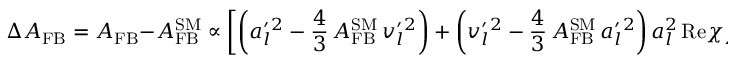
\Delta A _ { \mathrm { F B } } = A _ { \mathrm { F B } } - A _ { \mathrm { F B } } ^ { \mathrm { S M } } \propto \left[ \left( a _ { l } ^ { \prime } { } ^ { 2 } - \frac { 4 } { 3 } \, A _ { \mathrm { F B } } ^ { \mathrm { S M } } \, v _ { l } ^ { \prime } { } ^ { 2 } \right) + \left( v _ { l } ^ { \prime } { } ^ { 2 } - \frac { 4 } { 3 } \, A _ { \mathrm { F B } } ^ { \mathrm { S M } } \, a _ { l } ^ { \prime } { } ^ { 2 } \right) a _ { l } ^ { 2 } \, \mathrm { R e } \chi _ { Z } \right] \chi _ { Z ^ { \prime } }